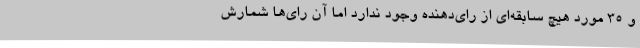
و 35 مورد هیچ سابقه‌ای از رای‌دهنده وجود ندارد اما آن رای‌ها شمارش